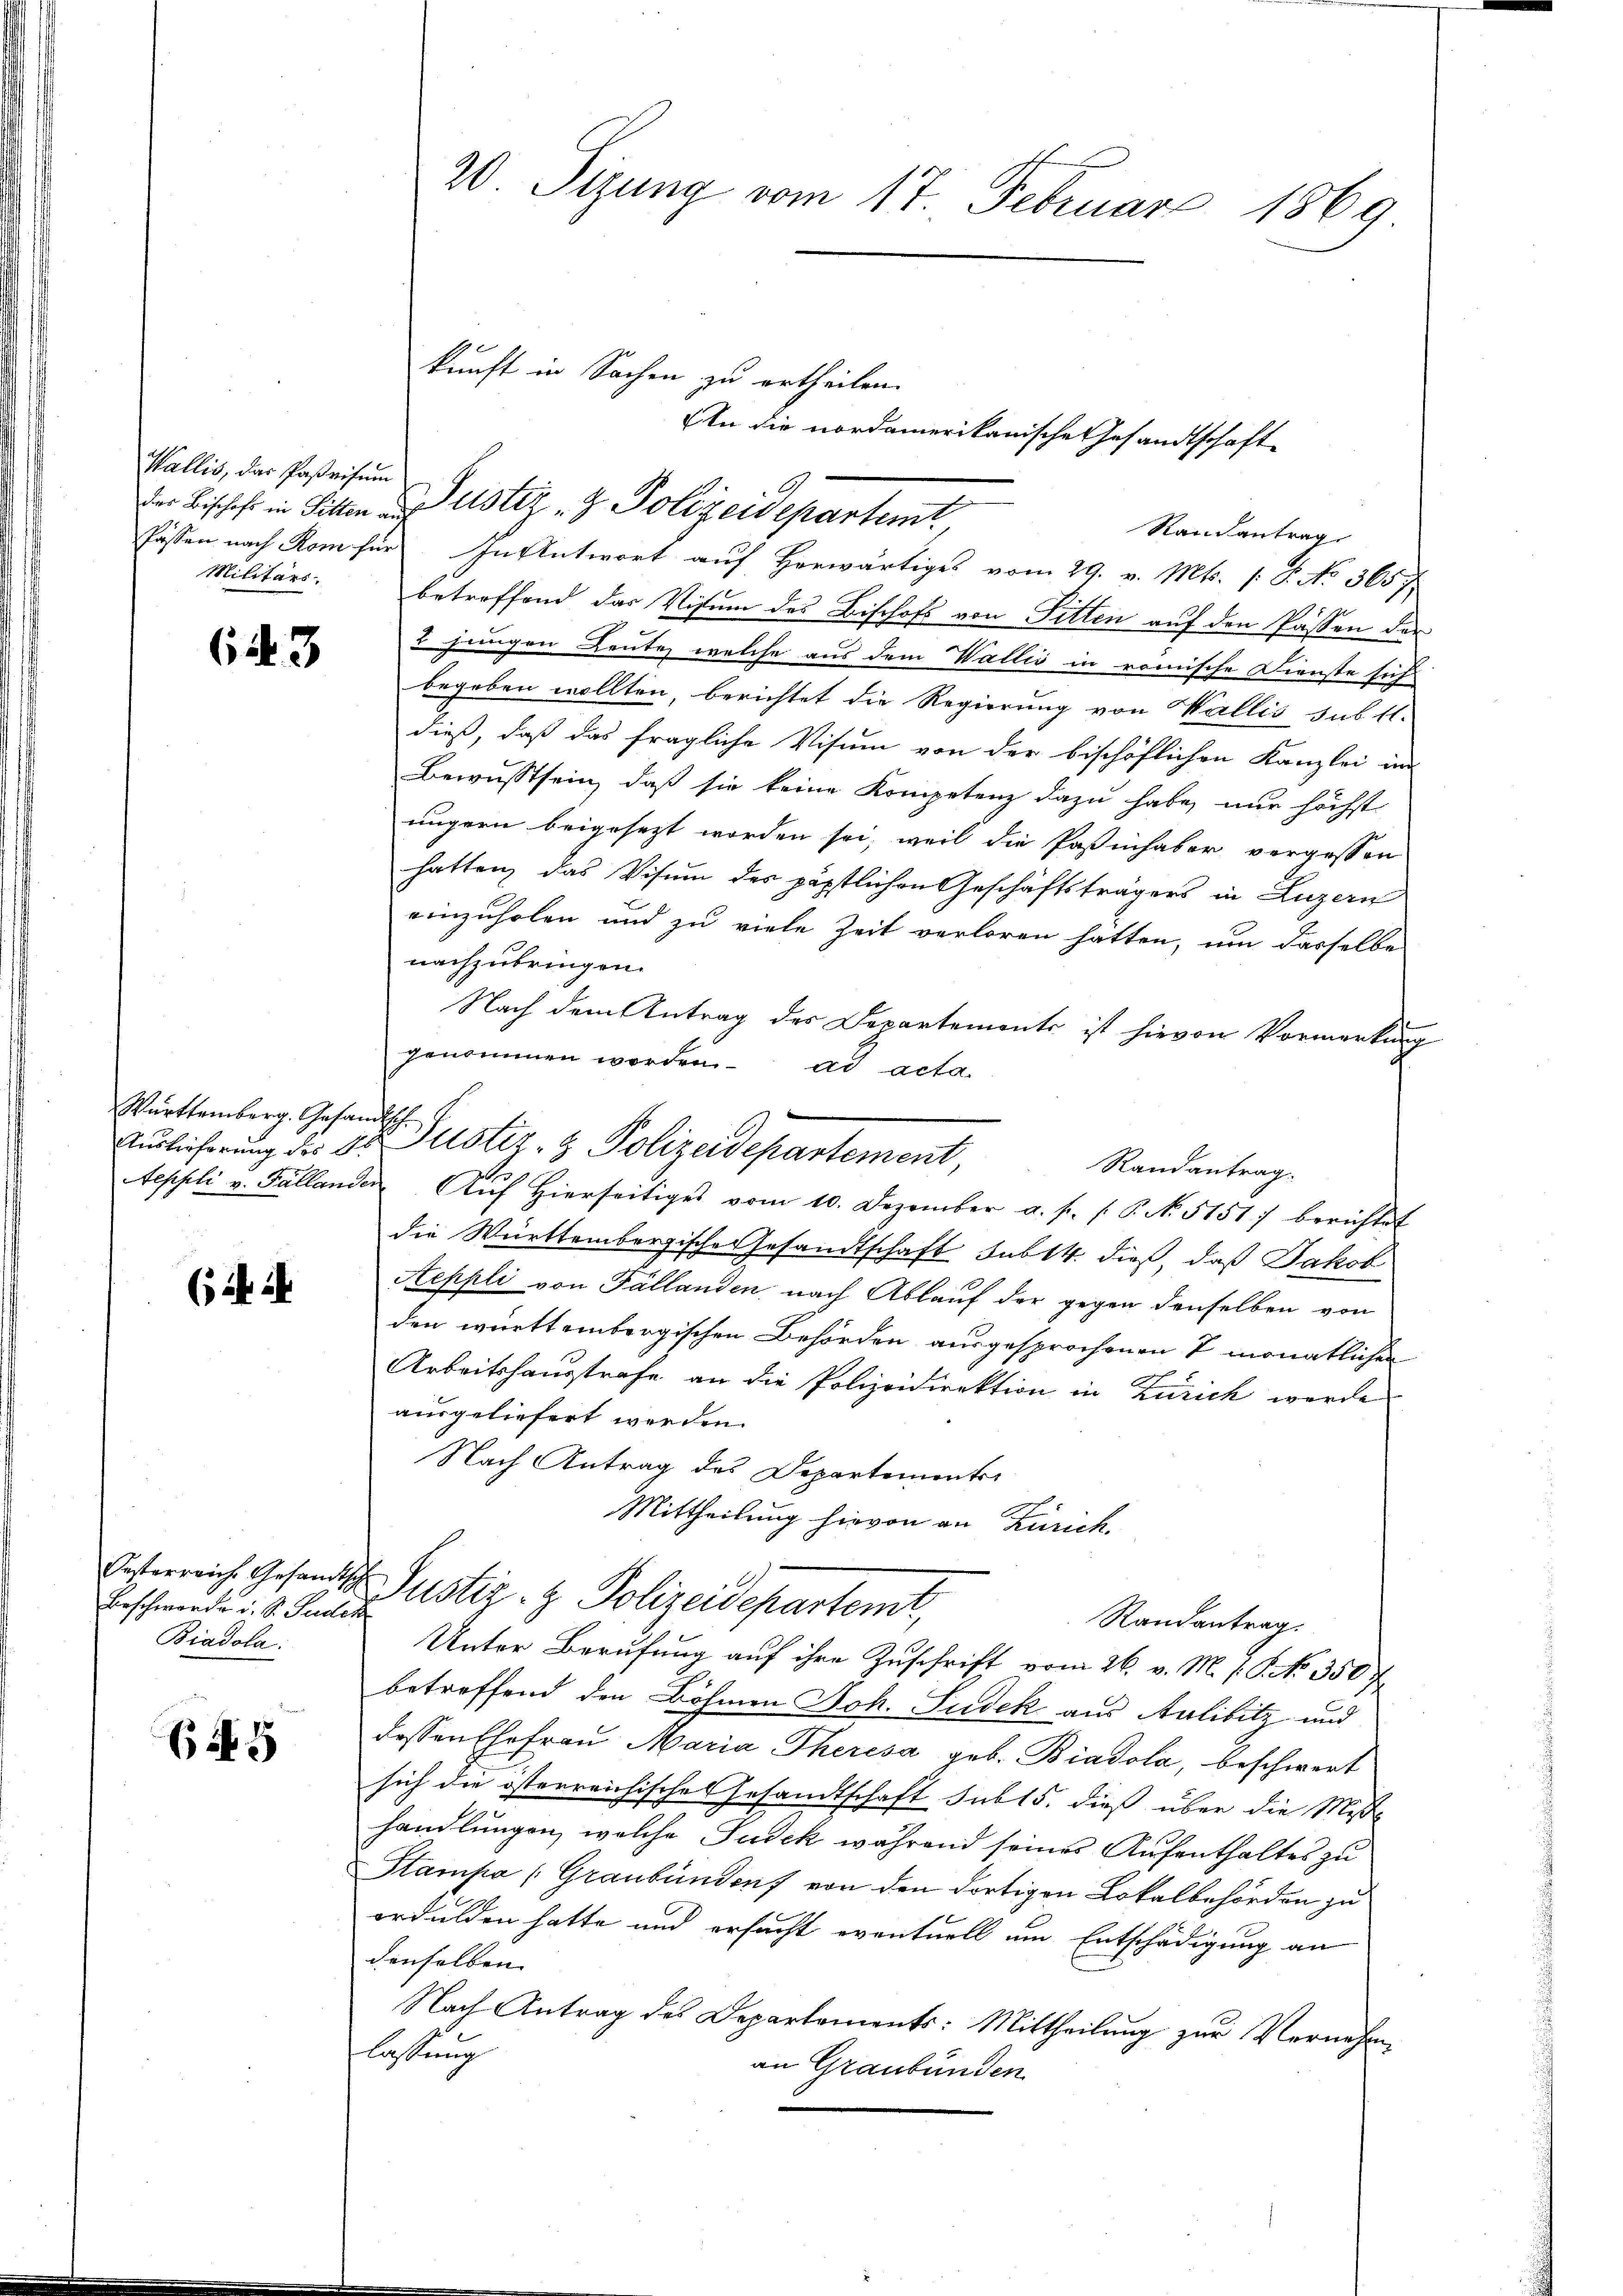
Wallis, das Paßrisum
Militärs.

643

Württemberg. Gesandtsch.

(524

Beschwerde u. S. Pudek
Biadola:

EN 5

20 Sizung vom 17. Februar 1869

kunft in Sachen zu ertheilen.
der Bischef in Sitten und Astiz- & Polizeidepartemt,
Randantrag

Possen nach Rom für In Antwort auf Horwärtiges vom 29. v. Mts. (: P. No 365 f
betreffend das Visum des Bischofs von Fitten auf den Passen der
2 jungen Leute, welche aus dem Wallis in römische Dienste sich
begeben wollten, berichtet die Regierung von Wallis sub 1l.
dieß, daß das fragliche Visum von der bischöflichen Kanzlei im
Bewusstsein, daß sie keine Kompetenz dazu habe, nur höchst
ungern beigesezt worden sei, weil die Paßinhaber vergessen
hatten, das Visum des päpstlichen Geschäftsträgers in Luzern
einzuholen und zu viele Zeit verloren hatten, um dasselbe
nachzubringen.
Nach dem Antrag des Departemente ist hievon Vormerkung
genommen worden. ad acta
Aeppli v. Fällander Auf Hierseitiges vom 10. Dezember a. f. s. P. No. 5151) berichtet
die Württembergische Gesandtschaft sub 14. dieß, daß Jakob
Aeppli von Fällanden nach Ablauf der gegen denselben von
den württembergischen Behörden ausgesprochenen 2 monatlichen
Arbeitshaustrafe an die Polizeidirektion in Zürich werde
ausgeliefert werden.
Nach Antrag des Departemente
Mittheilung hievon an Zürich.
Interreich Gesandts Justiz- & Polizeidepartemt,
Randantrag.
Unter Berufung auf ihre Zuschrift vom 26. v. M. J. P. N. 350 f
betreffend den Böhmen Joh. Sudek aus Alibitz und
dessen Ehefrau Maria Theresa geb. Biadola, beschwert
sich die österreichisches Gesandtschaft sub 15. dieß über die Mise
handlungen, welche Judek während seines Aufenthaltes zu
Stampa (Graubünden von den dortigen Lokalbehörden zu
erdulden hatte und ersucht eventuell um Entschädigung an
denselben
Nach Antrag des Departements: Mittheilung zur Vernehmlassung
an Graubünden.

Auslieferung des St. Justiz- & Polizeidepartement,
Randantrag.

An die nordamerikanische Gesandtschaft